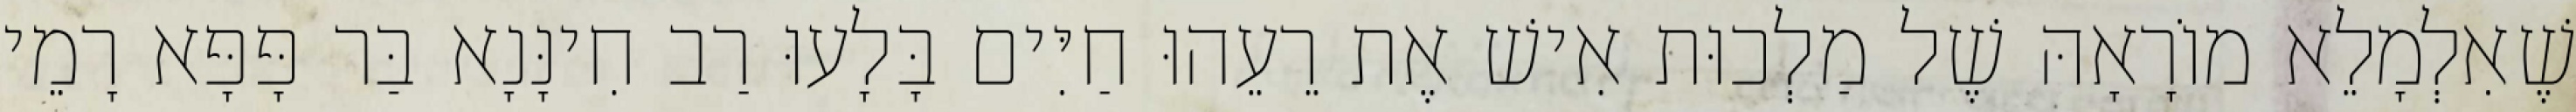
שֶׁאִלְמָלֵא מוֹרָאָהּ שֶׁל מַלְכוּת אִישׁ אֶת רֵעֵהוּ חַיִּים בָּלָעוּ רַב חִינָּנָא בַּר פָּפָּא רָמֵי